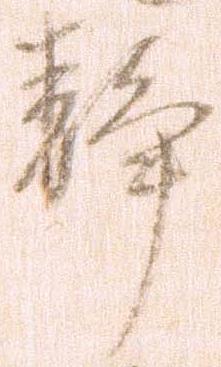
静